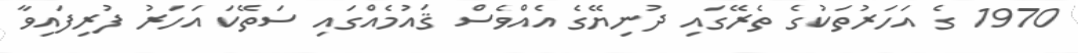
1970 ގެ އަހަރުތަކުގެ ތެރޭގައި ދުނިޔޭގެ އެއްވެސް ޤައުމެއްގައި ސަތޭކަ އަހަރު ފުރިފައިވާ